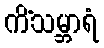
ကိံသမ္ဘာရံ